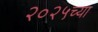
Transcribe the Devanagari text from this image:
२०२५च्या